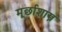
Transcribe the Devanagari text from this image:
मूर्छाशास्त्र